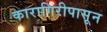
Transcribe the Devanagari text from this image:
कारागिरीपासून